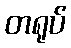
တရုပ်